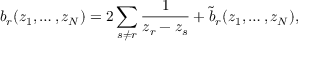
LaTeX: b _ { r } ( z _ { 1 } , \ldots , z _ { N } ) = 2 \sum _ { s \ne r } \frac { 1 } { z _ { r } - z _ { s } } + \tilde { b } _ { r } ( z _ { 1 } , \ldots , z _ { N } ) ,